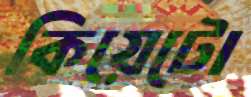
কিয়েটো